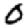
Digit: 0